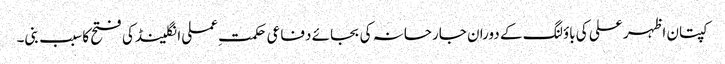
کپتان اظہر علی کی باؤلنگ کے دوران جارحانہ کی بجائے دفاعی حکمت ِعملی انگلینڈ کی فتح کا سبب بنی۔